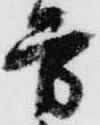
方